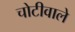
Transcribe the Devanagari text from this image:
चोटीवाले